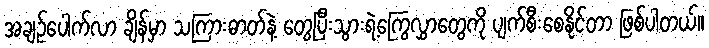
အချဉ်ပေါက်လာ ချိန်မှာ သကြားဓာတ်နဲ့ တွေ့ပြီးသွားရဲ့ကြွေလွှာတွေကို ပျက်စီးစေနိုင်တာ ဖြစ်ပါတယ်။